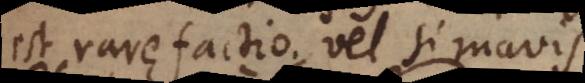
est rarefactio; vel si mavis